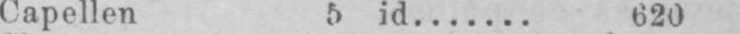
Capellen 5 id....... 620